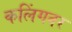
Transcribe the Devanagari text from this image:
कलिंगवर